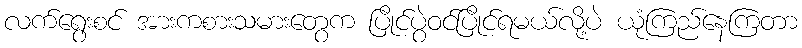
လက်ရွေးစင် အားကစားသမားတွေက ပြိုင်ပွဲဝင်ပြိုင်ရမယ်လို့ပဲ ယုံကြည်နေကြတာ